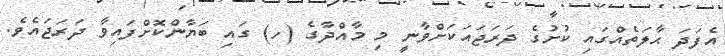
އެފަދަ ޙާލަތެއްގައި ކުށުގެ ދަރަޖައަކަށްވާނީ މި މާއްދާގެ (ހ) ގައި ބަޔާންކޮށްފައިވާ ދަރަޖައެވެ.